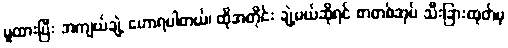
မူထားပြီး အကျယ်ချဲ့ ဟောရပါတယ်၊ ထိုအတိုင်း ချဲ့မယ်ဆိုရင် စာတစ်အုပ် သီးခြားထုတ်မှ